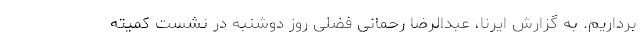
برداریم. به گزارش ایرنا، عبدالرضا رحمانی فضلی روز دوشنبه در نشست کمیته